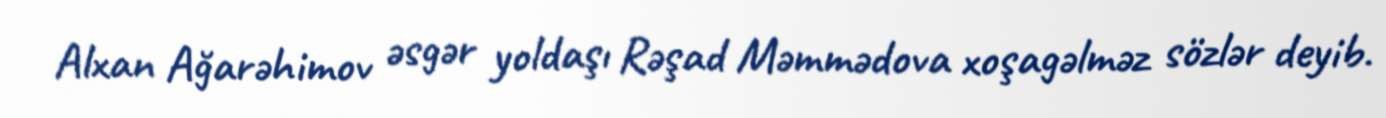
Alxan Ağarəhimov əsgər yoldaşı Rəşad Məmmədova xoşagəlməz sözlər deyib.